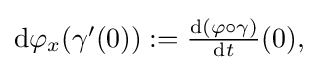
{\textstyle {\mathrm {d} {\varphi }_{x}}(\gamma '(0)):={\frac {\mathrm {d} (\varphi \circ \gamma )}{\mathrm {d} {t}}}(0),}